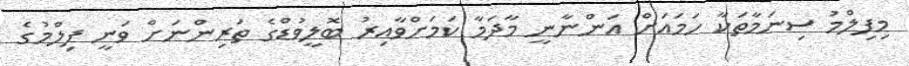
މިފިލްމު ސިނަމާތަކާ ހަމައަށް އަންނާނީ މާދަމާ ކަމަށްވާއިރު ބޮލީވުޑްގެ ތަރިންނަށް ވަނީ ފިލްމުގެ